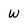
Character: W